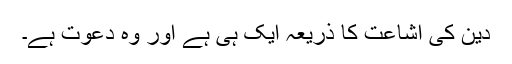
دین کی اشاعت کا ذریعہ ایک ہی ہے اور وہ دعوت ہے۔